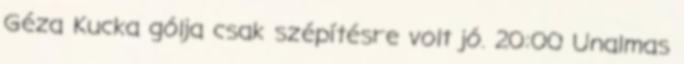
Géza Kucka gólja csak szépítésre volt jó. 20:00 Unalmas